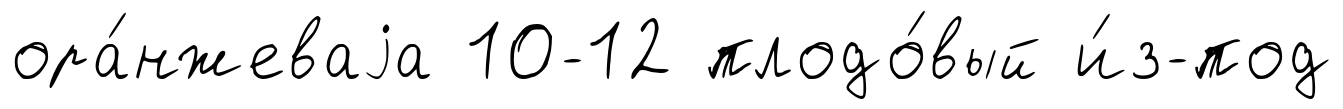
ора́нжеваjа 10-12 плодо́вый и́з-под